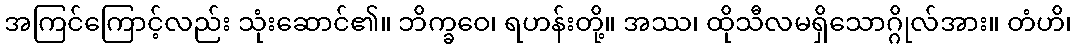
အကြင်ကြောင့်လည်း သုံးဆောင်၏။ ဘိက္ခဝေ၊ ရဟန်းတို့။ အဿ၊ ထိုသီလမရှိသောဂ္ဂိုလ်အား။ တံဟိ၊